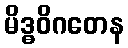
မိဒ္ဓဝိဂတေန